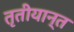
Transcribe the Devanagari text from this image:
तृतीयान्त